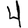
Digit: 4